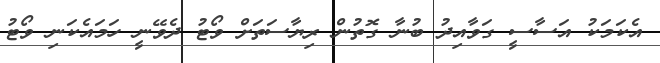
އެކަމަކު އަސާސީ ގަވާއިދު ބުނާ ގޮތުން ރިޔާސަތަށް ވޯޓު ދެވޭނީ ހަމައެކަނި ވޯޓު